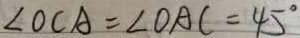
\angle O C A = \angle O A C = 4 5 ^ { \circ }